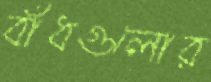
বাঁধগুলোর